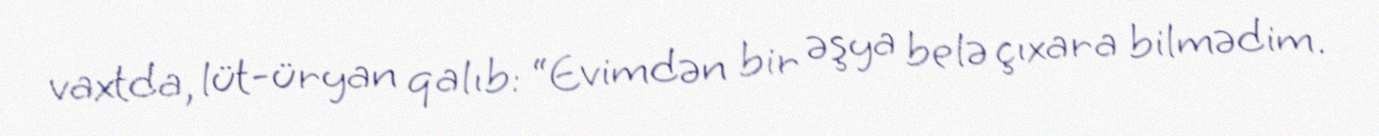
vaxtda, lüt-üryan qalıb: “Evimdən bir əşya belə çıxara bilmədim.